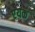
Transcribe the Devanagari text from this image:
एयक